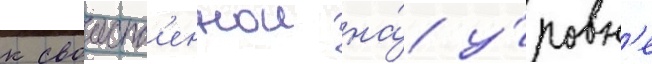
к своиств'еннои на́ у́ровн'е